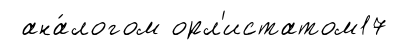
ана́логом орл'истатом17